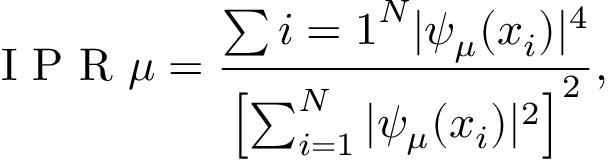
\mathrm { ~ I ~ P ~ R ~ } \mu = \frac { \sum { i = 1 } ^ { N } | \psi _ { \mu } ( x _ { i } ) | ^ { 4 } } { \left[ \sum _ { i = 1 } ^ { N } | \psi _ { \mu } ( x _ { i } ) | ^ { 2 } \right] ^ { 2 } } ,